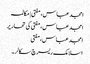
امجد عباس، مفتی | مکالمہ
امجد عباس، مفتی کی تحاریر
امجد عباس، مفتی
اسلامک ریسرچ سکالر۔